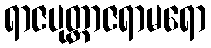
ရာဇပုတ္တာဇရာမရော